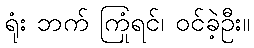
ရုံး ဘက် ကြုံရင်၊ ဝင်ခဲ့ဦး။